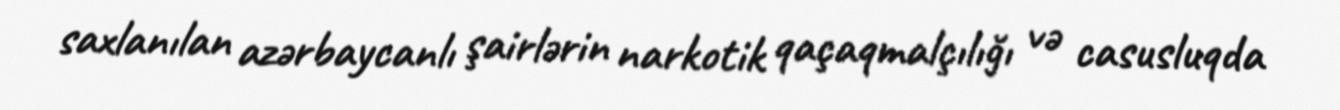
saxlanılan azərbaycanlı şairlərin narkotik qaçaqmalçılığı və casusluqda